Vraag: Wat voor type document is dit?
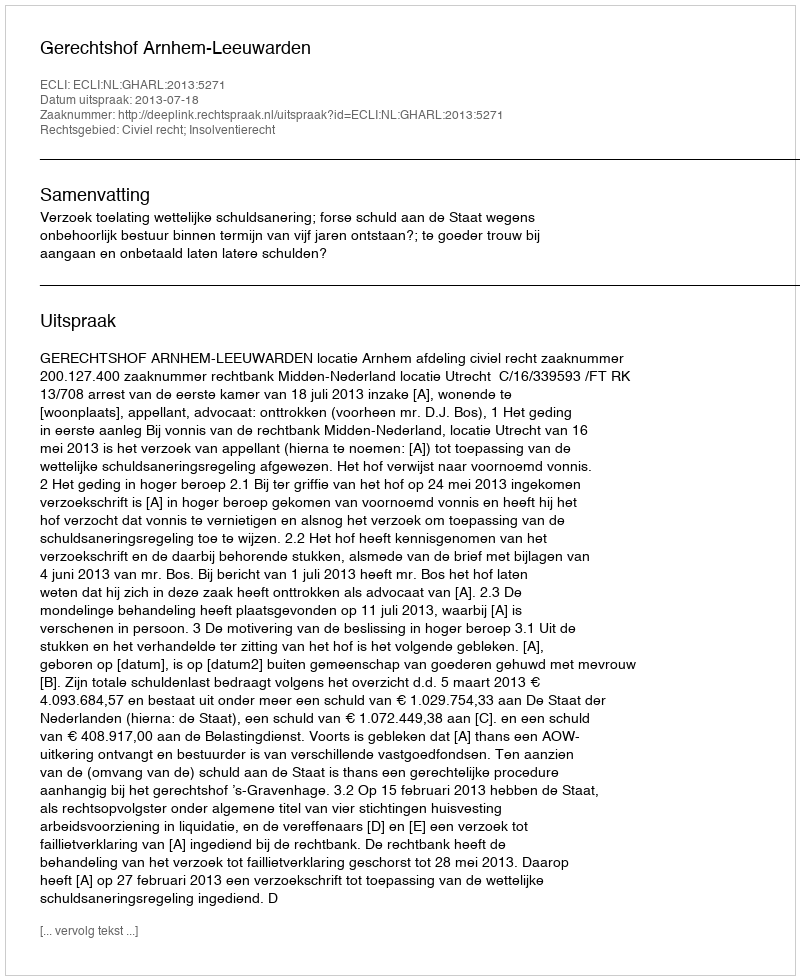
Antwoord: Uitspraak